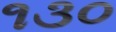
૧૩૦